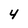
Character: 4